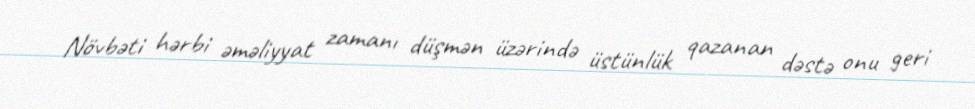
Növbəti hərbi əməliyyat zamanı düşmən üzərində üstünlük qazanan dəstə onu geri